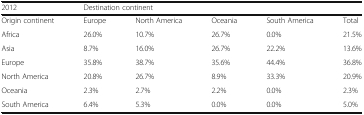
| 2012 | <COLSPAN=5> Destination continent |
 | --- | --- | --- | --- | --- | --- |
 | Origin continent | Europe | North America | Oceania | South America | Total |
 | Africa | 26.0% | 10.7% | 26.7% | 0.0% | 21.5% |
 | Asia | 8.7% | 16.0% | 26.7% | 22.2% | 13.6% |
 | Europe | 35.8% | 38.7% | 35.6% | 44.4% | 36.8% |
 | North America | 20.8% | 26.7% | 8.9% | 33.3% | 20.9% |
 | Oceania | 2.3% | 2.7% | 2.2% | 0.0% | 2.3% |
 | South America | 6.4% | 5.3% | 0.0% | 0.0% | 5.0% |